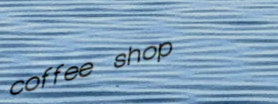
coffee shop